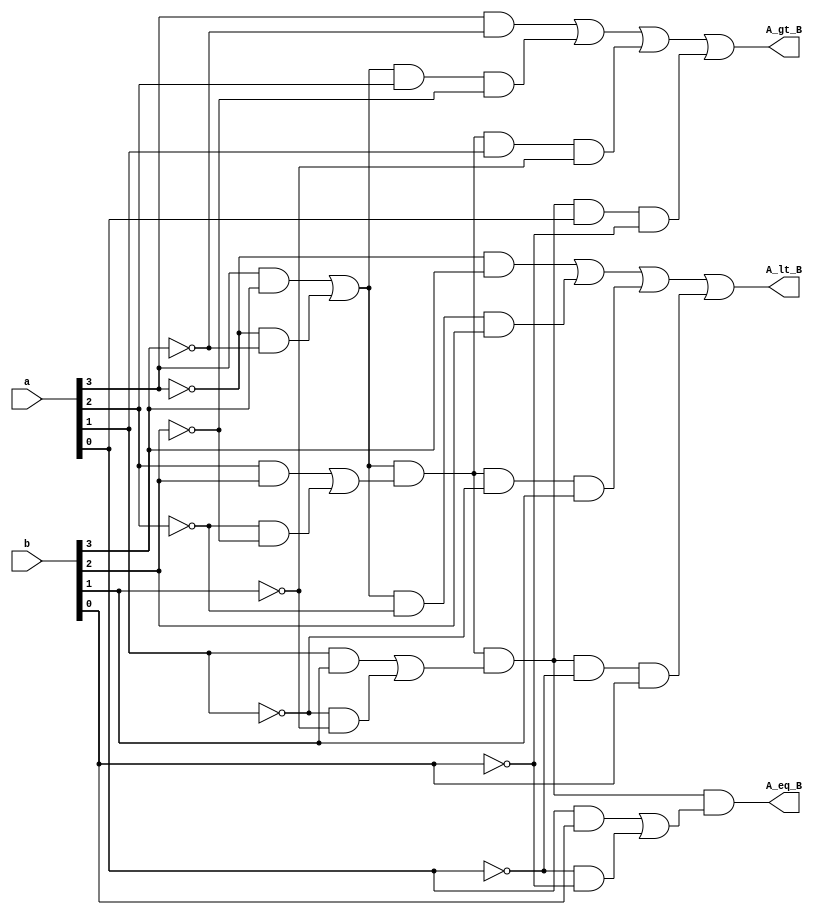
module MagnitudeComparator(A_gt_B,A_lt_B,A_eq_B,a,b);
	`timescale 1ns/1ps
	output A_eq_B,A_gt_B,A_lt_B;
	input [3:0] a,b;
	wire [3:0] x;
	
	assign x[0] = (a[0]&&b[0])||((!a[0])&&(!b[0]));
	assign x[1] = (a[1]&&b[1])||((!a[1])&&(!b[1]));
	assign x[2] = (a[2]&&b[2])||((!a[2])&&(!b[2]));
	assign x[3] = (a[3]&&b[3])||((!a[3])&&(!b[3]));
	
	assign A_gt_B = (a[3]&&(!b[3]))||(x[3]&&a[2]&&(!b[2]))
				  ||(x[3]&&x[2]&&a[1]&&(!b[1]))
				  ||(x[3]&&x[2]&&x[1]&&a[0]&&(!b[0]));
	assign A_lt_B = ((!a[3])&&b[3])||(x[3]&&(!a[2])&&b[2])
				  ||(x[3]&&x[2]&&(!a[1])&&b[1])
				  ||(x[3]&&x[2]&&x[1]&&(!a[0])&&b[0]);
	assign A_eq_B = x[3]&&x[2]&&x[1]&&x[0];
	
endmodule